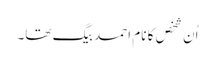
اُن شخص کا نام احمد بیگ تھا۔